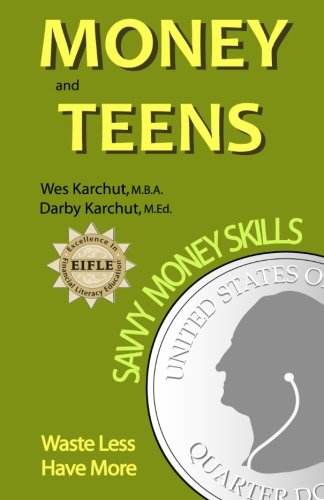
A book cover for Money and Teens: Savvy Money Skills; Wesley Karchut; Business & Money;